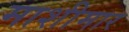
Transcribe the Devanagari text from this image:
माशीमार